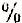
%